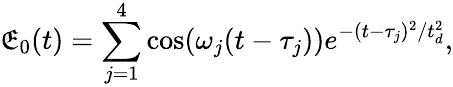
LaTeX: \mathfrak{E}_{0}(t)=\sum_{j=1}^{4}\cos(\omega_{j}(t-\tau_{j}))e^{-(t-\tau_{j})^{2}/t_{d}^{2}},